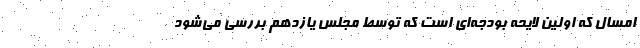
امسال که اولین لایحه بودجه‌ای است که توسط مجلس یازدهم بررسی می‌شود